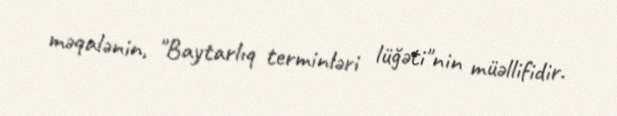
məqalənin, "Baytarlıq terminləri lüğəti"nin müəllifidir.